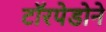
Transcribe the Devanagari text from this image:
टॉरपेडोने